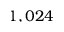
1 , 0 2 4